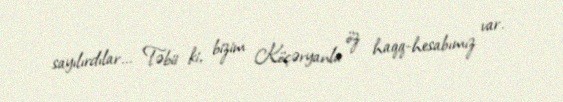
sayılırdılar... Təbii ki, bizim Köçəryanla öz haqq-hesabımız var.